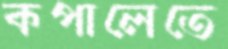
কপালেতে